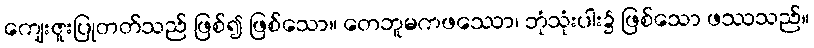
ကျေးဇူးပြုတတ်သည် ဖြစ်၍ ဖြစ်သော။ တေဘူမကဖဿော၊ ဘုံသုံးပါး၌ ဖြစ်သော ဖဿသည်။